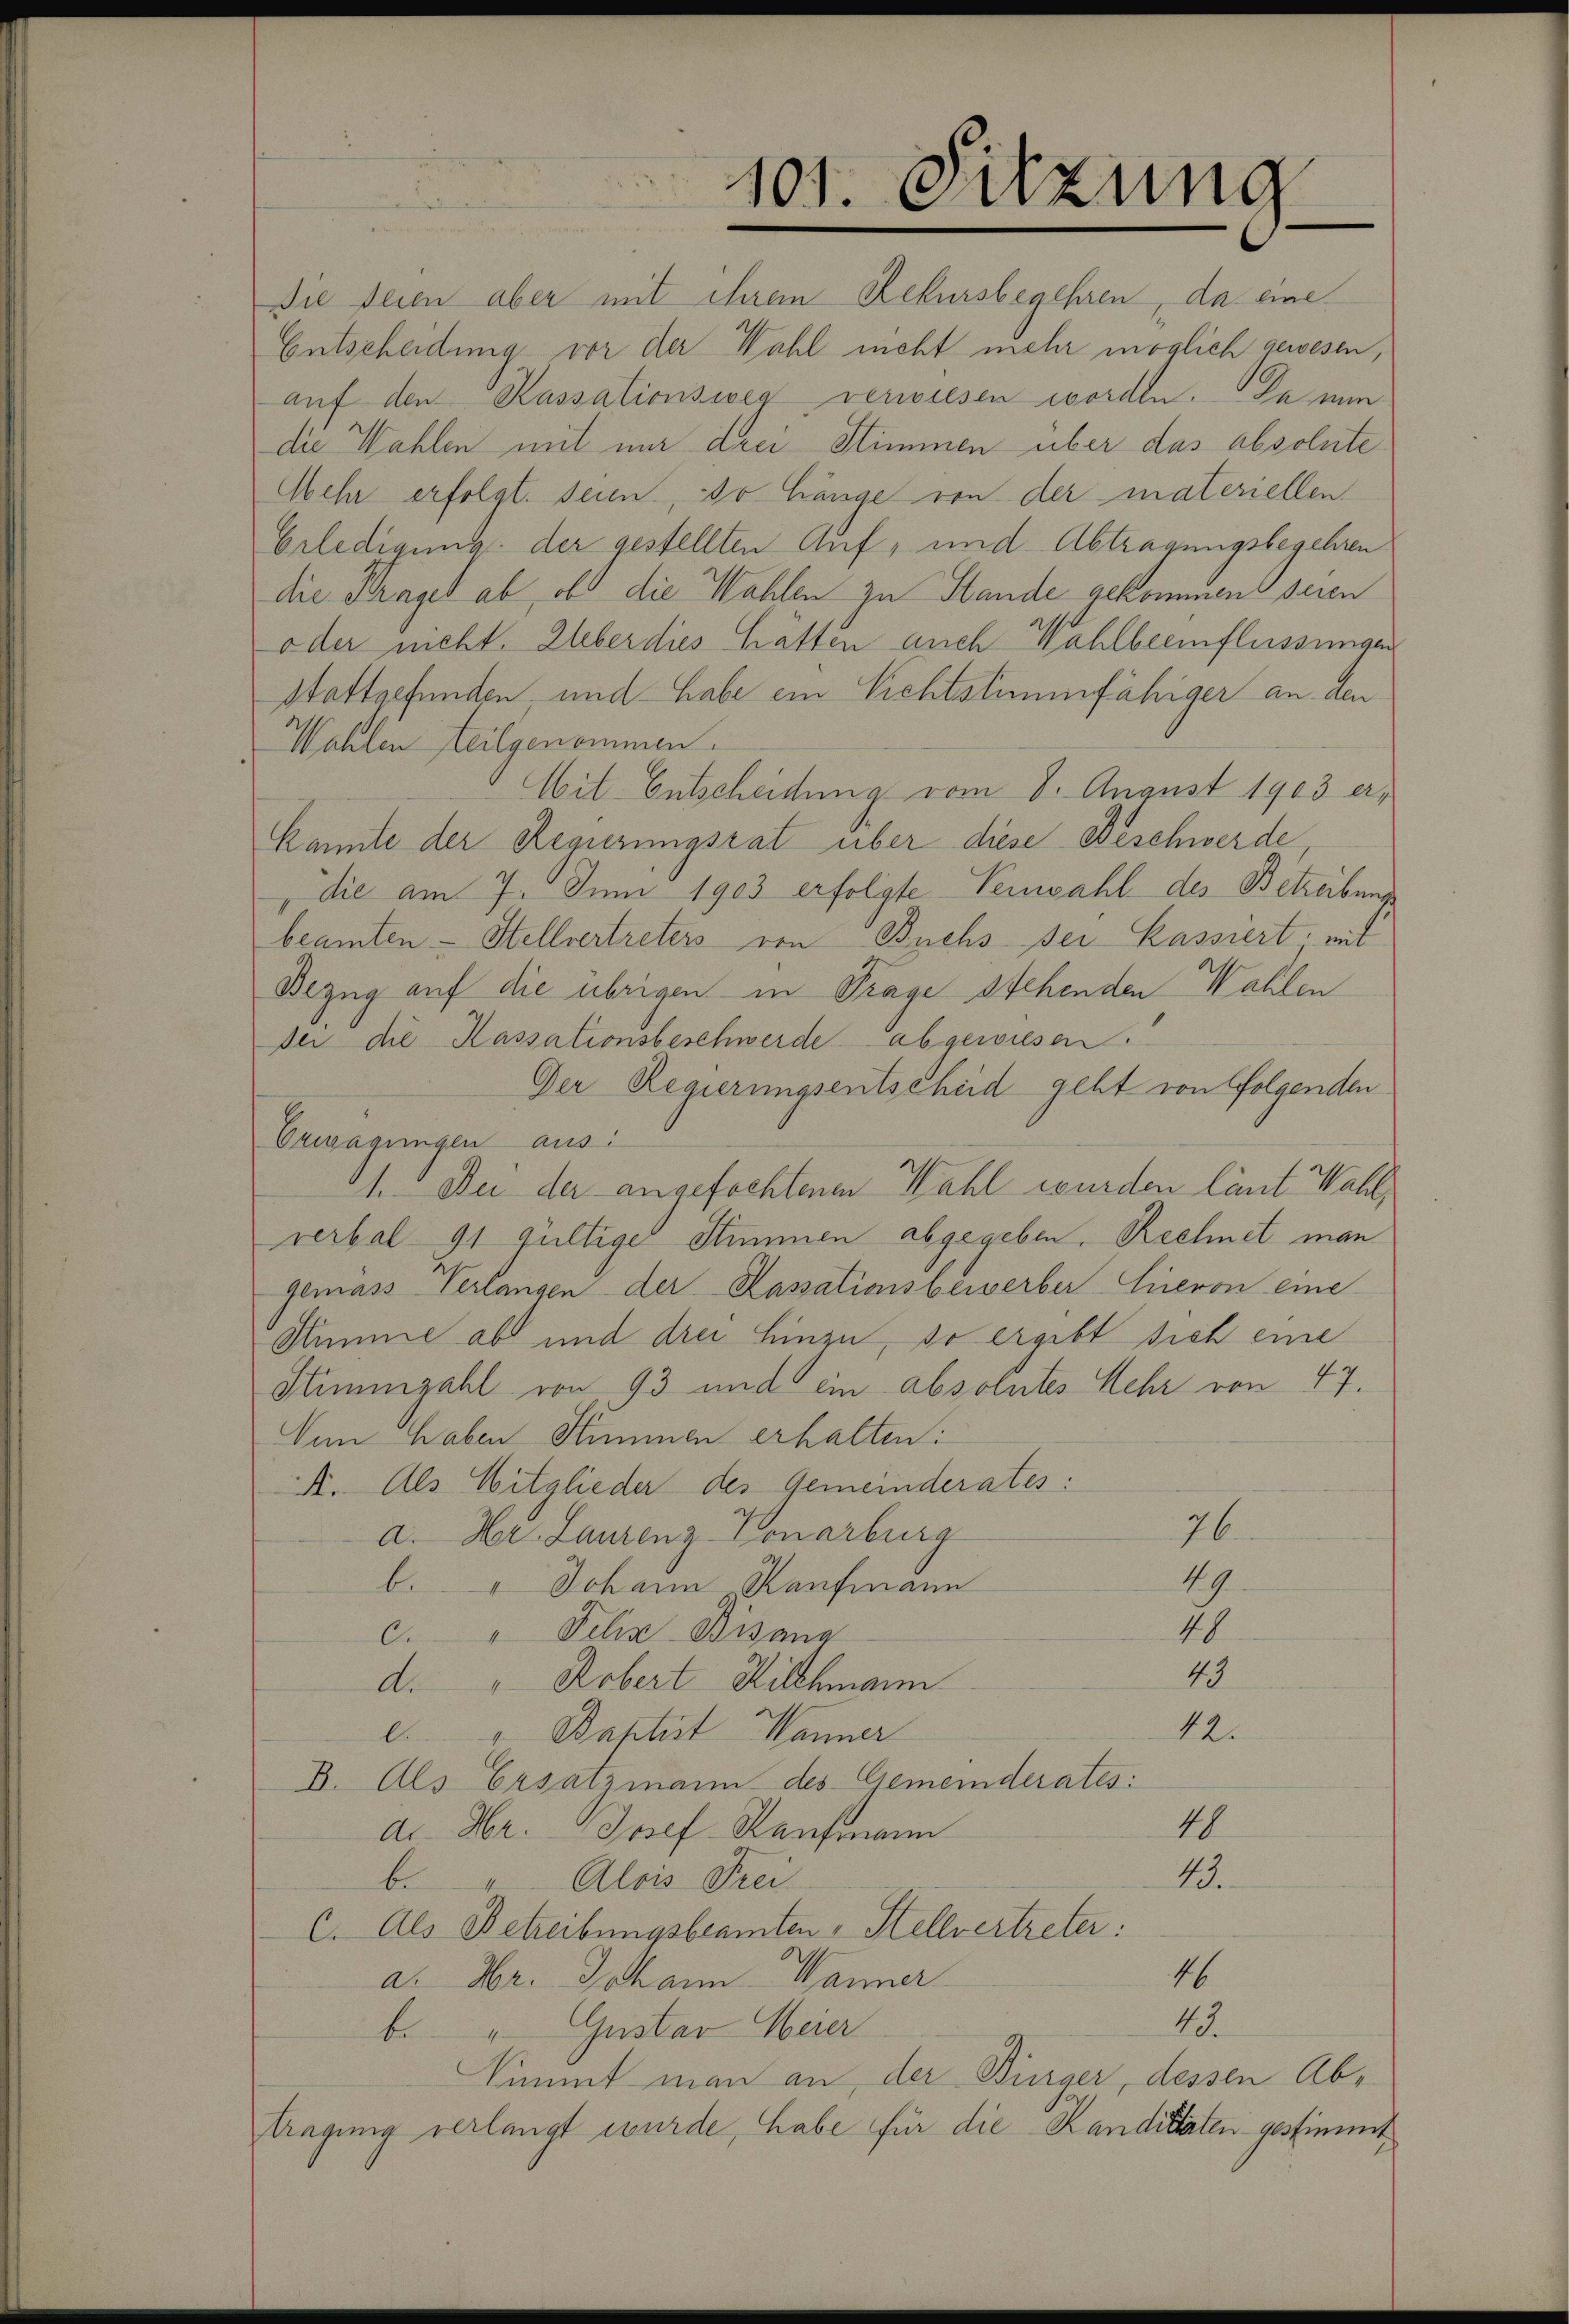
Die seien aber mit ihrem Rekursbegehren, da eine
Entscheidung vor der Wahl nicht mehr möglich gewesen,
aŭf den Kassationsweg verwiesen worden. Da nun
die Wahlen mit nur drei Stimmen über das absolute
Mehr erfolgt. Seien, so hänge von der materiellen
Erledigung der gestellten Auf, und Abtragungsbegehren
die Praget ab, ob die Wahlen zu Stande gekommen seien
oder nicht. Eberdies hätten auch Wahlbeeinflussungen
Stattgefunden und habe ein Nichtstimmfähiger an den
Wahlen Teilgenommen.
Mit Entscheidung vom 8. August 1903 erkannte der Regierungsrat über diese Beschwerde,
die am 7. Juni 1903 erfolgte Verwahl des Betreibungs
beamten - Stellvertreters von Buchs der Kassiert, mit
Bezug auf die übrigen in Trage stehenden Wahlen
der die Kassationsbeschwerde abgewiesen.
Der Regierungsentscheid geht von Folgenden
Erwägungen aus
11. Da der angefochtenen Wahl wurden laut Wahlverbal 91 gültiger Stimmen abgegeben. Rechnet man
Gemäss Verlangen der Kassationsbewerber Eureron eine
Summe ab und drei hinzu, so ergibt sich eine
Stimmzahl von 93 und ein absolutes Sehr von 47.
Nun haben Stimmen erhalten:
4. Als Mitglieder des Gemeinderates:
76.
a. Hr. Laurenz Vonarburg
119
b. " Johann Kaufmann
19
c. " Felix Bisana
43
d. " Arbert Kilchmann
12.
e. " Baptist Wanner
B. Als Ersatzmann des Gemeinderates:
48
d. Hr. Josef Kaufmann
4.
b. " Alois Frei
c. Als Betreibungsbeamten - Stellvertreter:
46
a. Hr. Johann Wanner
45.
b. " Gustar Weier
Simmt man an, der Bürger, dessen Abtragung verlangt wurde, habe für die Kandidaten gestimmt,

101. Sitzung